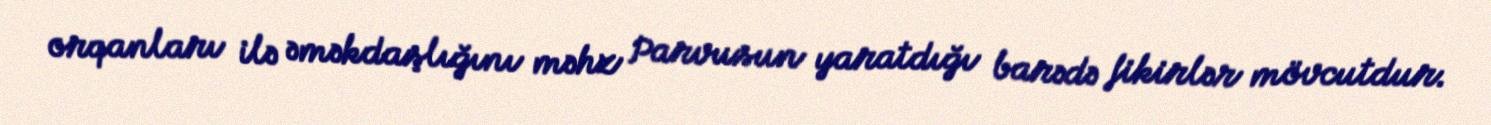
orqanları ilə əməkdaşlığını məhz Parvusun yaratdığı barədə fikirlər mövcutdur.